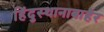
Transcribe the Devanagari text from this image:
हिंदुस्थानाबाहेर